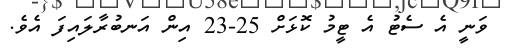
ވަނީ އެ ސެޓު އެ ޓީމު ކޮޅަށް 25-23 އިން އަނބުރާލައިފަ އެވެ.